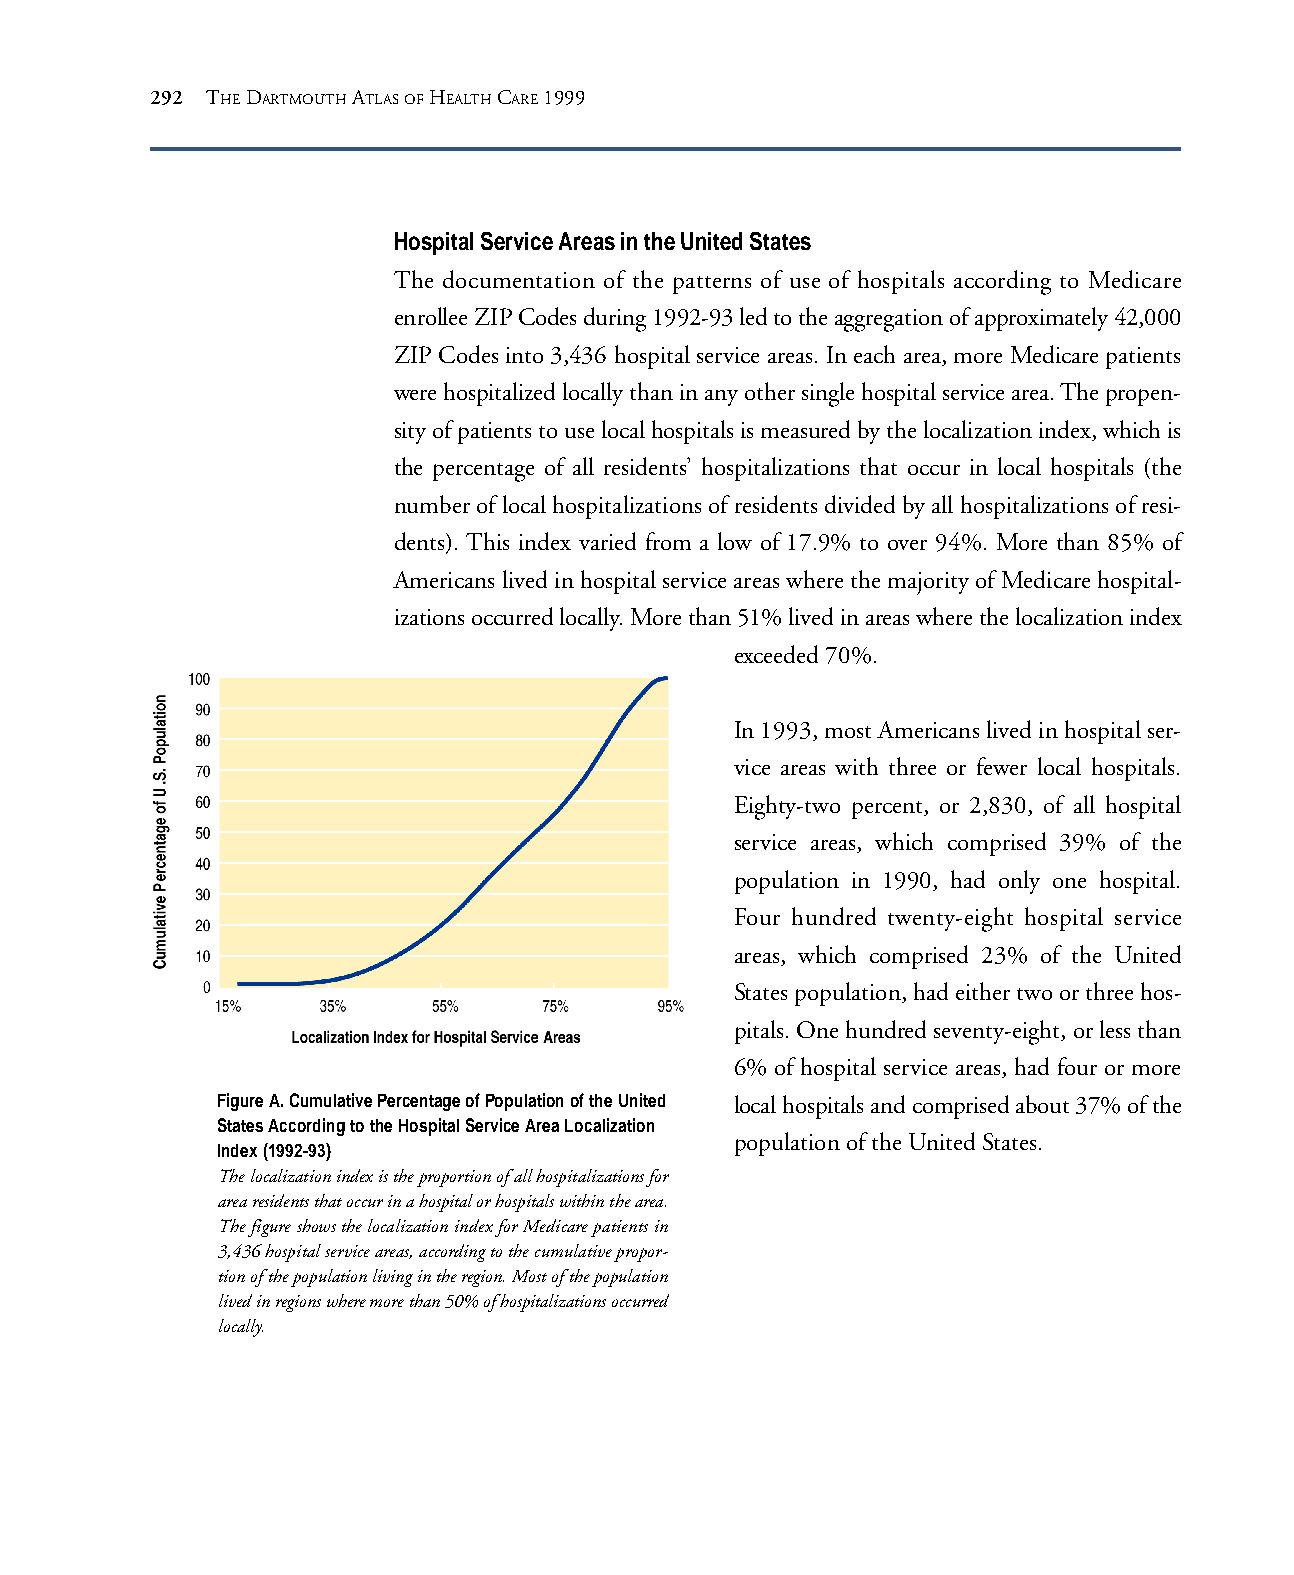
292 THE DARTMOUTH ATLAS OF HEALTH CARE 1999
 Hospital Service Areas in the United States
 The documentation of the patterns of use of hospitals according to Medicare
 enrollee ZIP Codes during 1992-93 led to the aggregation of approximately 42,000
 ZIP Codes into 3,436 hospital service areas. In each area, more Medicare patients
 were hospitalized locally than in any other single hospital service area. The propen-
 sity of patients to use local hospitals is measured by the localization index, which is
 the percentage of all residents’ hospitalizations that occur in local hospitals (the
 number of local hospitalizations of residents divided by all hospitalizations of resi-
 dents). This index varied from a low of 17.9% to over 94%. More than 85% of
 Americans lived in hospital service areas where the majority of Medicare hospital-
 izations occurred locally. More than 51% lived in areas where the localization index
 exceeded 70%.
 In 1993, most Americans lived in hospital ser-
 vice areas with three or fewer local hospitals.
 Eighty-two percent, or 2,830, of all hospital
 service areas, which comprised 39% of the
 population in 1990, had only one hospital.
 Four hundred twenty-eight hospital service
 areas, which comprised 23% of the United
 States population, had either two or three hos-
 pitals. One hundred seventy-eight, or less than
 6% of hospital service areas, had four or more
 Figure A. Cumulative Percentage of Population of the United local hospitals and comprised about 37% of the
 States According to the Hospital Service Area Localization
 population of the United States.
 Index (1992-93)
 The localization index is the proportion of all hospitalizations for
 area residents that occur in a hospital or hospitals within the area.
 The figure shows the localization index for Medicare patients in
 3,436 hospital service areas, according to the cumulative propor-
 tion of the population living in the region. Most of the population
 lived in regions where more than 50% of hospitalizations occurred
 locally.